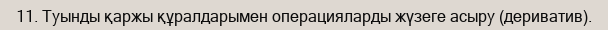
11. Туынды қаржы құралдарымен операцияларды жүзеге асыру (дериватив).